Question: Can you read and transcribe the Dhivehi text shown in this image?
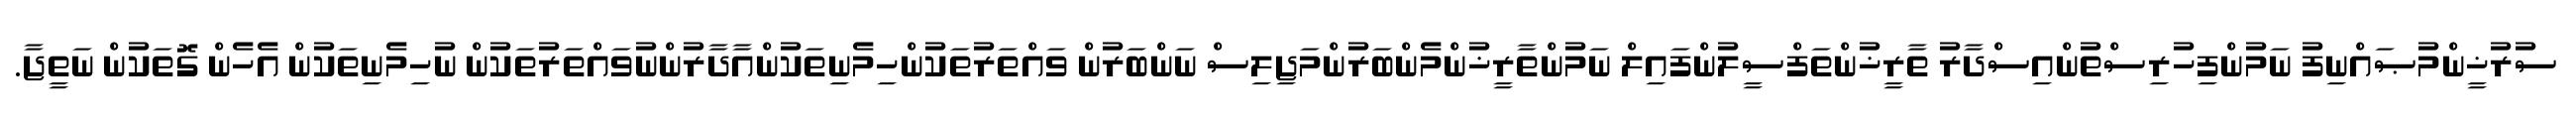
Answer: ސުރުޚީންމުޞައްނިފު ނަމުންފިހުރިސްތުންއިސްދާރު ތާރީޚުންތަފްސީލުންފައިލް ނަމުންތާރީޚުންމެންބަރުންމަޖިލިސް ނަންބަރުން ވައްތަރުތަކުންހިމެނިތަކުންއާދާރުންނުވައްތަރުތަކުން ނުހިމެނިތަކުން އެހެން ގޮތަކުން ނަތީޖާ.